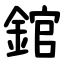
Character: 錧